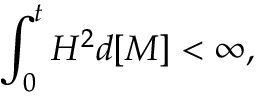
\int _ { 0 } ^ { t } H ^ { 2 } d [ M ] < \infty ,